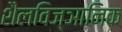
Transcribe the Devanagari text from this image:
शैलविज्ञानिक